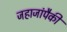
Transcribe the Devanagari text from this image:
जहाजांपैकी